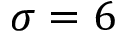
\sigma = 6